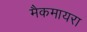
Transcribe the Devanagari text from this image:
मैकमायरा